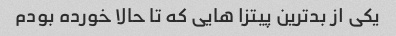
یکی از بدترین پیتزا هایی که تا حالا خورده بودم